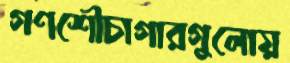
গণশৌচাগারগুলোয়